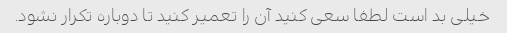
خیلی بد است لطفا سعی کنید آن را تعمیر کنید تا دوباره تکرار نشود.